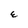
Character: E